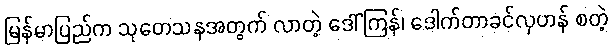
မြန်မာပြည်က သုတေသနအတွက် လာတဲ့ ဒေါ်ကြန်၊ ဒေါက်တာခင်လှဟန် စတဲ့